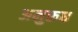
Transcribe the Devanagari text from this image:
अनुरूध